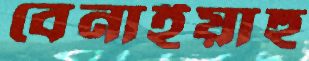
বেনাইয়াহু